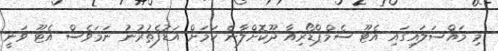
މި މައްސަލަައިގައި އެޓޫ ސެމްޕްޑޯރިއާ ދޫކޮށްލާނެ ކަމަށް އަޑުފެތުރުނު ނަމަވެސް އެޓޫ ވަނީ